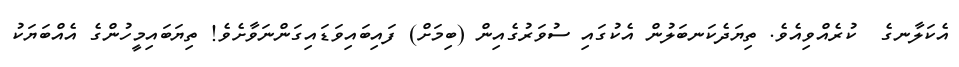
އެކަލާނގެ  ކުރެއްވިއެވެ. ތިޔަދެކަނބަލުން އެކުގައި ސުވަރުގެއިން (ބިމަށް) ފައިބައިވަޑަައިގަންނަވާށެވެ! ތިޔަބައިމީހުންގެ އެއްބަޔަކު